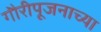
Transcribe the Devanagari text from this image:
गौरीपूजनाच्या